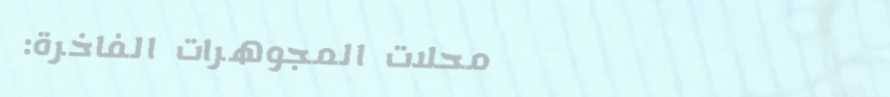
محلات المجوهرات الفاخرة: